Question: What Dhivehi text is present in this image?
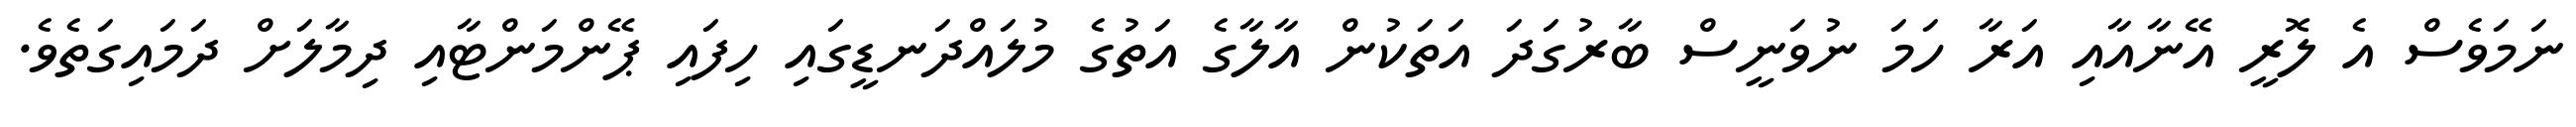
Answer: ނަމަވެސް އެ ލޮރީ އޭނާއާއި އަރާ ހަމަ ނުވަނީސް ބާރުގަދަ އަތަކުން އާލާގެ އަތުގެ މުލައްދަނޑީގައި ހިފައި ޕޭންމަންޓާއި ދިމާލަށް ދަމައިގަތެވެ.